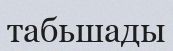
табьшады